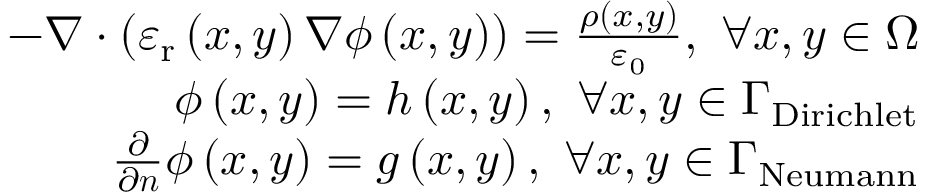
\begin{array} { r } { - \nabla \cdot \left( \varepsilon _ { \mathrm { r } } \left( x , y \right) \nabla \phi \left( x , y \right) \right) = \frac { \rho \left( x , y \right) } { \varepsilon _ { 0 } } , ~ \forall x , y \in \Omega } \\ { \phi \left( x , y \right) = h \left( x , y \right) , ~ \forall x , y \in \Gamma _ { \mathrm { D i r i c h l e t } } } \\ { \frac { \partial } { \partial \boldsymbol { n } } \phi \left( x , y \right) = g \left( x , y \right) , ~ \forall x , y \in \Gamma _ { \mathrm { N e u m a n n } } } \end{array}